Vaccination in the Punjab 1897-1904 - 1897-1904
Year: 1897
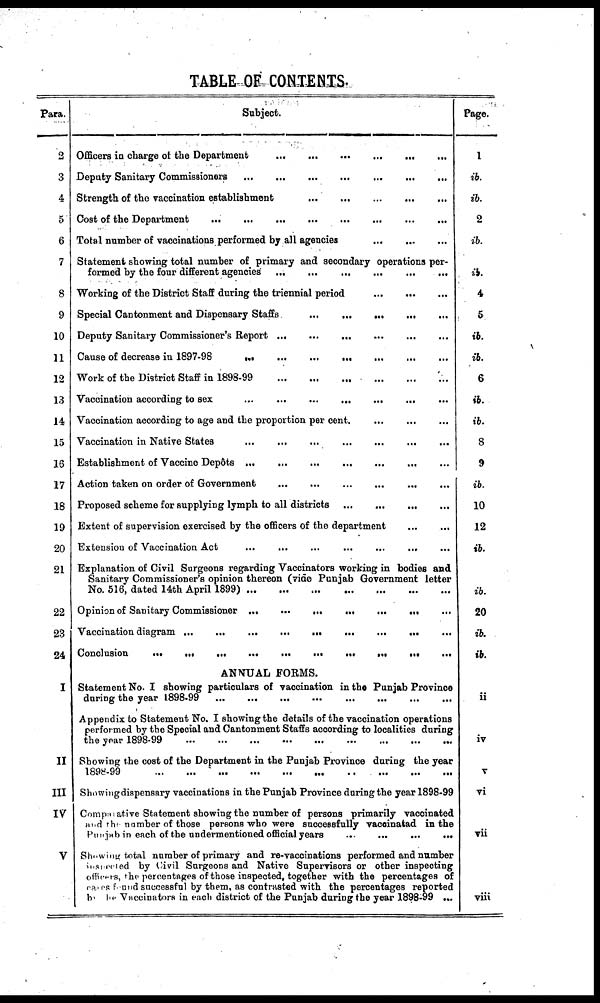
TABLE OF CONTENTS.
Para.
2
3
4
5
6
7
8
9
10
11
12
13
14
15
16
17
18
19
20
21
22
23
24
I
II
III
IV
V
Subject.
Officers in charge of the Department
...
...
...
...
...
...
Deputy Sanitary Commissioners
...
...
...
...
...
...
...
Strength of the vaccination establishment
...
...
...
...
...
Cost of the Department
...
...
...
...
...
...
...
Total number of vaccinations performed by all agencies
...
...
...
Statement showing total number of primary and secondary operations per-
formed by the four different agencies
...
...
...
...
...
...
Working of the District Staff during the triennial period
...
...
...
Special Cantonment and Dispensary Staffs
...
...
...
...
...
Deputy Sanitary Commissioner's Report
...
...
...
...
...
...
Cause of decrease in 1897-98
...
...
...
...
...
...
...
Work of the District Staff in 1898-99
...
...
...
...
...
...
Vaccination according to sex
...
...
...
...
...
... ...
Vaccination according to age and the proportion per cent. ... ... ...
Vaccination in Native States
...
...
...
...
...
...
...
Establishment of Vaccine Depôts
...
...
...
...
...
...
...
Action taken on order of Government
...
...
...
...
...
...
Proposed scheme for supplying lymph to all districts
...
...
...
...
Extent of supervision exercised by the officers of the department
...
...
Extension of Vaccination Act
...
...
...
...
...
... ...
Explanation of Civil Surgeons regarding Vaccinators working in bodies and
Sanitary Commissioner's opinion thereon (vide Punjab Government letter
No. 516, dated 14th April 1899)
...
...
...
...
...
...
...
Opinion of Sanitary Commissioner ...
...
... ... ... ... ...
Vaccination diagram
...
...
...
...
...
...
...
... ...
Conclusion
...
...
...
...
...
...
...
...
...
...
ANNUAL FORMS.
Statement No. I showing particulars of vaccination in the Punjab Province
during the year 1898-99 ... ... ... ... ... ... ... ...
Appendix to Statement No. I showing the details of the vaccination operations
performed by the Special and Cantonment Staffs according to localities during
the year 1898-99
...
...
...
...
...
...
...
...
...
Showing the cost of the Department in the Punjab Province during the year
1898-99
...
...
...
...
...
...
...
...
...
...
Showing dispensary vaccinations in the Punjab Province during the year 1898-99
Comparative Statement showing the number of persons primarily vaccinated
and the number of those persons who were successfully vaccinatad in the
Punjab in each of the undermentioned official years
...
...
...
...
Showing total number of primary and re-vaccinations performed and number
inspected by Civil Surgeons and Native Supervisors or other inspecting
officers, the percentages of those inspected, together with the percentages of
cases found successful by them, as contrasted with the percentages reported
by the Vaccinators in each district of the Punjab during the year 1898-99 ...
Page.
1
ib.
ib.
2
ib.
ib.
4
5
ib.
ib.
6
ib.
ib.
8
9
ib.
10
12
ib.
ib.
20
ib.
ib.
ii
iv
V
vi
vii
viii